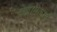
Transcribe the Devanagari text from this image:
वेन्नामलाई